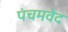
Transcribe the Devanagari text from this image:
पंचमवेद